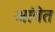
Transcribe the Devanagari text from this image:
आंवेत